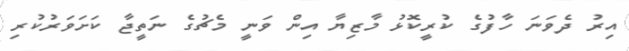
އިރު ދެވަނަ ހާފުގެ ކުރީކޮޅު މާޒިޔާ އިން ވަނީ މެޗުގެ ނަތީޖާ ކަށަވަރުކުރި